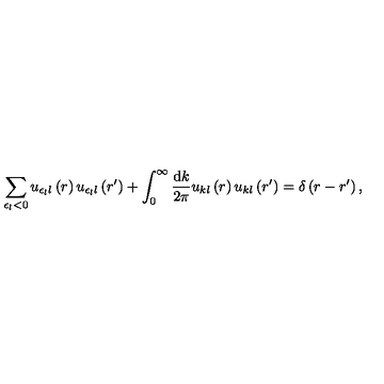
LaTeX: \sum _ { \epsilon _ { l } < 0 } u _ { \epsilon _ { l } l } \left( r \right) u _ { \epsilon _ { l } l } \left( r ^ { \prime } \right) + \int _ { 0 } ^ { \infty } \frac { \mathrm { d } k } { 2 \pi } u _ { k l } \left( r \right) u _ { k l } \left( r ^ { \prime } \right) = \delta \left( r - r ^ { \prime } \right) ,